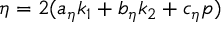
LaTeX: \eta = 2 ( a _ { \eta } k _ { 1 } + b _ { \eta } k _ { 2 } + c _ { \eta } p )